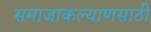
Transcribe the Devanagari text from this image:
समाजाकल्याणसाठी